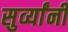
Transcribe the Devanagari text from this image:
सुर्व्यांनी